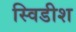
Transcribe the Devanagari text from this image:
स्विडीश